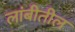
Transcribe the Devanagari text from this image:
लांबीतील